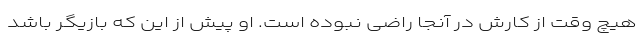
هیچ وقت از کارش در آنجا راضی نبوده است. او پیش از این که بازیگر باشد